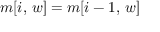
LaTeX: m [ i , \, w ] = m [ i - 1 , \, w ]